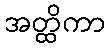
အတ္ထိကာ